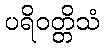
ပရိဝတ္တိသံ